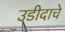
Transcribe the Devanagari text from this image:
उडीदाचे